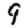
Digit: 9